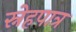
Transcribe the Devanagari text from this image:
स्नेहपात्र